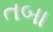
તબા